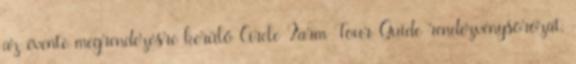
az évente megrendezésre kerülő Circle Farm Tour Guide rendezvénysorozat,